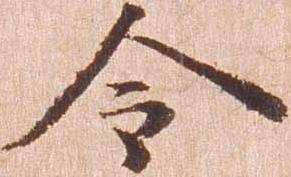
令